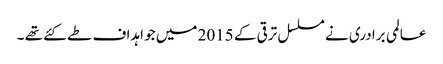
عالمی برادری نے مسلسل ترقی کے 2015 میں جو اہداف طے کئے تھے ۔